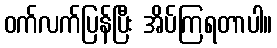
ဝက်လက်ပြန်ပြီး အိပ်ကြရတာပါ။